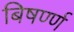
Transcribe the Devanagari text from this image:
बिषर्ण्ण